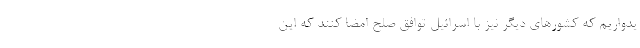
یدواریم که کشورهای دیگر نیز با اسرائیل توافق صلح امضا کنند که این